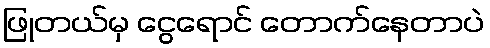
ဖြုတယ်မှ ငွေရောင် တောက်နေတာပဲ